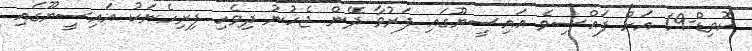
ކޮވިޑް-19 އަށް ފައްސިވެ އައިސީޔޫގައި ފަރުވާ ދޭން ޖެހުނު ދިވެހި ފިރިހެނަކު އައިސީޔޫގައި